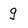
Character: g